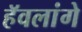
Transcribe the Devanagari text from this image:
हॅवलांगे